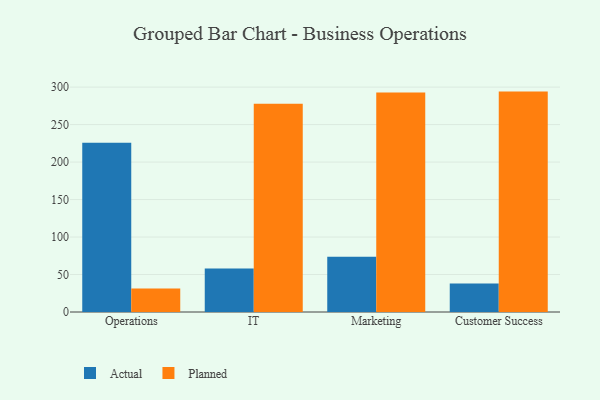
{"axis": {"x": "Department", "y": "Headcount"}, "legend": ["Actual", "Planned"], "data": [{"x": "Operations", "y": 225.9, "type": "Actual"}, {"x": "Operations", "y": 31.2, "type": "Planned"}, {"x": "IT", "y": 57.9, "type": "Actual"}, {"x": "IT", "y": 277.9, "type": "Planned"}, {"x": "Marketing", "y": 73.6, "type": "Actual"}, {"x": "Marketing", "y": 292.7, "type": "Planned"}, {"x": "Customer Success", "y": 37.9, "type": "Actual"}, {"x": "Customer Success", "y": 294.0, "type": "Planned"}]}